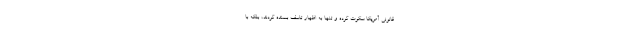
قانونی آمریکا سکوت کرده و تنها به اظهار تاسف بسنده کردند، بلکه با